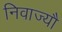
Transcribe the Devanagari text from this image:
निवाज्यौ